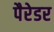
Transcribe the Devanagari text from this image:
पैरेडर